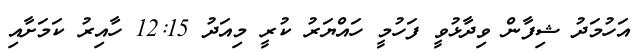
އަހުމަދު ޝިފާން ވިދާޅުވީ ފަހުމީ ހައްޔަރު ކުރީ މިއަދު 12:15 ހާއިރު ކަމަށާއި